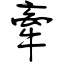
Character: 牽